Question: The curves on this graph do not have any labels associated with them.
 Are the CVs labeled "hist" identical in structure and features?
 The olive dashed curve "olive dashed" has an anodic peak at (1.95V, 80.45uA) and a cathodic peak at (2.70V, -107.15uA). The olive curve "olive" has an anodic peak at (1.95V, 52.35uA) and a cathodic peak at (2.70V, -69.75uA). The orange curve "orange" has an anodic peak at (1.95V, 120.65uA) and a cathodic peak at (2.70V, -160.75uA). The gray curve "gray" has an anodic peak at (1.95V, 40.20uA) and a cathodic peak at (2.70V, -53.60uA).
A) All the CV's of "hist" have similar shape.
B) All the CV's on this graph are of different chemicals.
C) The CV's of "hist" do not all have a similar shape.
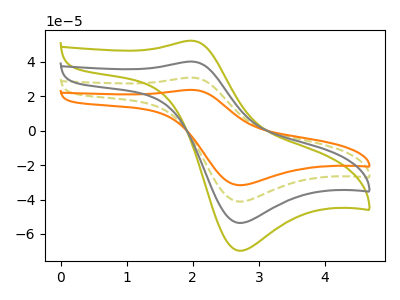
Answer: <think>All the peaks in "olive dashed" have a peak in "olive" at the same potential. Every peak in "olive dashed" is higher than every peak in "olive". All the peaks in "olive dashed" have a peak in "orange" at the same potential. Every peak in "olive dashed" is lower than every peak in "orange". All the peaks in "olive dashed" have a peak in "gray" at the same potential. Every peak in "olive dashed" is higher than every peak in "gray". All the peaks in "olive" have a peak in "orange" at the same potential. Every peak in "olive" is lower than every peak in "orange". All the peaks in "olive" have a peak in "gray" at the same potential. Every peak in "olive" is higher than every peak in "gray". All the peaks in "orange" have a peak in "gray" at the same potential. Every peak in "orange" is higher than every peak in "gray".
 </think>
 <answer>A) All the CV's of "hist" have similar shape.</answer>
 <eval>A</eval>